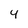
Character: 4